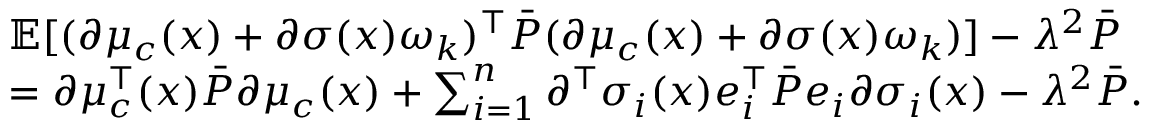
\begin{array} { r l } & { { \mathbb E } [ ( \partial \mu _ { c } ( x ) + \partial \sigma ( x ) \omega _ { k } ) ^ { \top } \bar { P } ( \partial \mu _ { c } ( x ) + \partial \sigma ( x ) \omega _ { k } ) ] - \lambda ^ { 2 } \bar { P } } \\ & { = \partial \mu _ { c } ^ { \top } ( x ) \bar { P } \partial \mu _ { c } ( x ) + \sum _ { i = 1 } ^ { n } \partial ^ { \top } \sigma _ { i } ( x ) e _ { i } ^ { \top } \bar { P } e _ { i } \partial \sigma _ { i } ( x ) - \lambda ^ { 2 } \bar { P } . } \end{array}